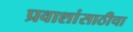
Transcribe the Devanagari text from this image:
प्रवाशांसाठीचा